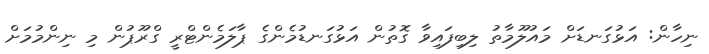
ނިހާން: އަޅުގަނޑަށް މައުލޫމާތު ލިބިފައިވާ ގޮތުން އަޅުގަނޑުމެންގެ ޕާލަމެންޓްރީ ގްރޫޕުން މި ނިންމުމަށް